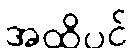
အထိပင်